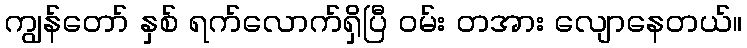
ကျွန်တော် နှစ် ရက်လောက်ရှိပြီ ဝမ်း တအား လျောနေတယ်။